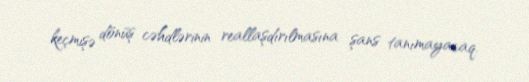
keçmişə dönüş cəhdlərinin reallaşdırılmasına şans tanımayacaq.